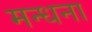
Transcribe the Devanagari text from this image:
मन्धना